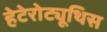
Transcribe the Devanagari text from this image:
हेटेरोट्यूथिस